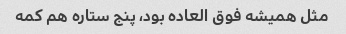
مثل همیشه فوق العاده بود، پنج ستاره هم کمه